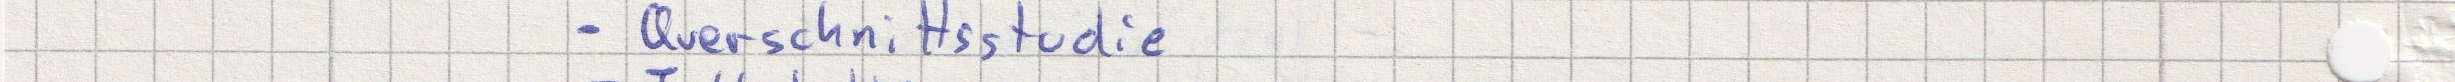
- Querschnittsstudie